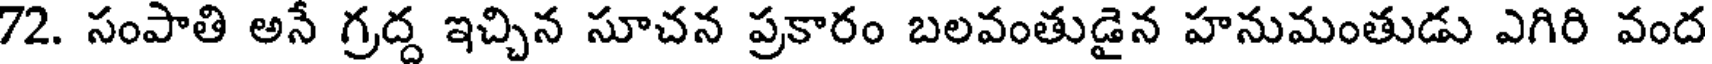
72. సంపాతి అనే గ్రద్ద ఇచ్చిన సూచన ప్రకారం బలవంతుడైన హనుమంతుడు ఎగిరి వంద